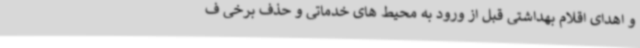
و اهدای اقلام بهداشتی قبل از ورود به محیط های خدماتی و حذف برخی ف